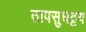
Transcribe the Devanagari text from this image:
तापसुघट्टय